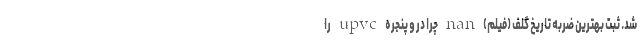
شد. ثبت بهترین ضربه‌ تاریخ گلف (فیلم) nan چرا در و پنجره upvc را